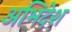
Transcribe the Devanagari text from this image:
अभिदेश